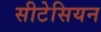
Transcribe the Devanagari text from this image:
सीटेसियन